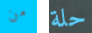
من حلة